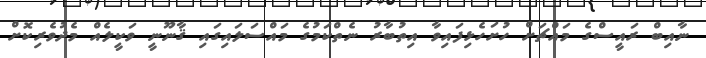
ނާއިބް ރައީސްގެ މައްޗަށް ހުށަހެޅިފައިވާ އިތުބާރު ނެތްކަމުގެ މައްސަލައިގައި ޤާނޫނީ ވަކީލެއް މެދުވެރިކޮށް